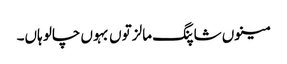
مینوں شاپنگ مالز توں بہوں چالو ہاں۔